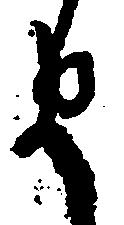
ま